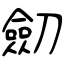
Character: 劎